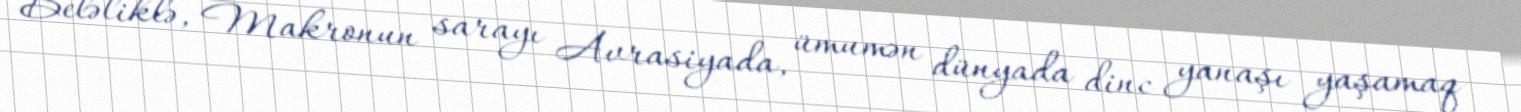
Beləliklə, Makronun sarayı Avrasiyada, ümumən dünyada dinc yanaşı yaşamaq